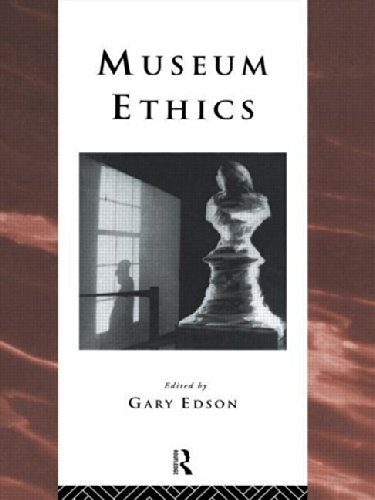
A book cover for Museum Ethics; Business & Money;